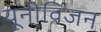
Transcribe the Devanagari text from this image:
यूनीविजन